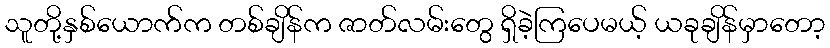
သူတို့နှစ်ယောက်က တစ်ချိန်က ဇာတ်လမ်းတွေ ရှိခဲ့ကြပေမယ့် ယခုချိန်မှာတော့